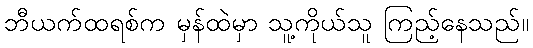
ဘီယက်ထရစ်က မှန်ထဲမှာ သူ့ကိုယ်သူ ကြည့်နေသည်။